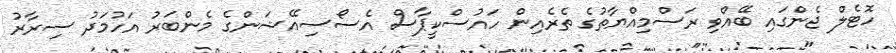
ހޮޓެލް ޖެންގައި ބޭއްވި ރަސްމިއްޔާތުގެ ތެރެއިން ހައުސްކީޕާސް އެސޯސިއޭޝަންގެ މެންބަރު އަހުމަދު ސިރާރު